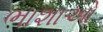
ભાશાઓ